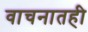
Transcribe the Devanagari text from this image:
वाचनातही